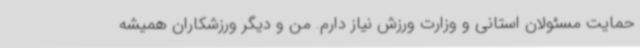
حمایت مسئولان استانی و وزارت ورزش نیاز دارم. من و دیگر ورزشکاران همیشه